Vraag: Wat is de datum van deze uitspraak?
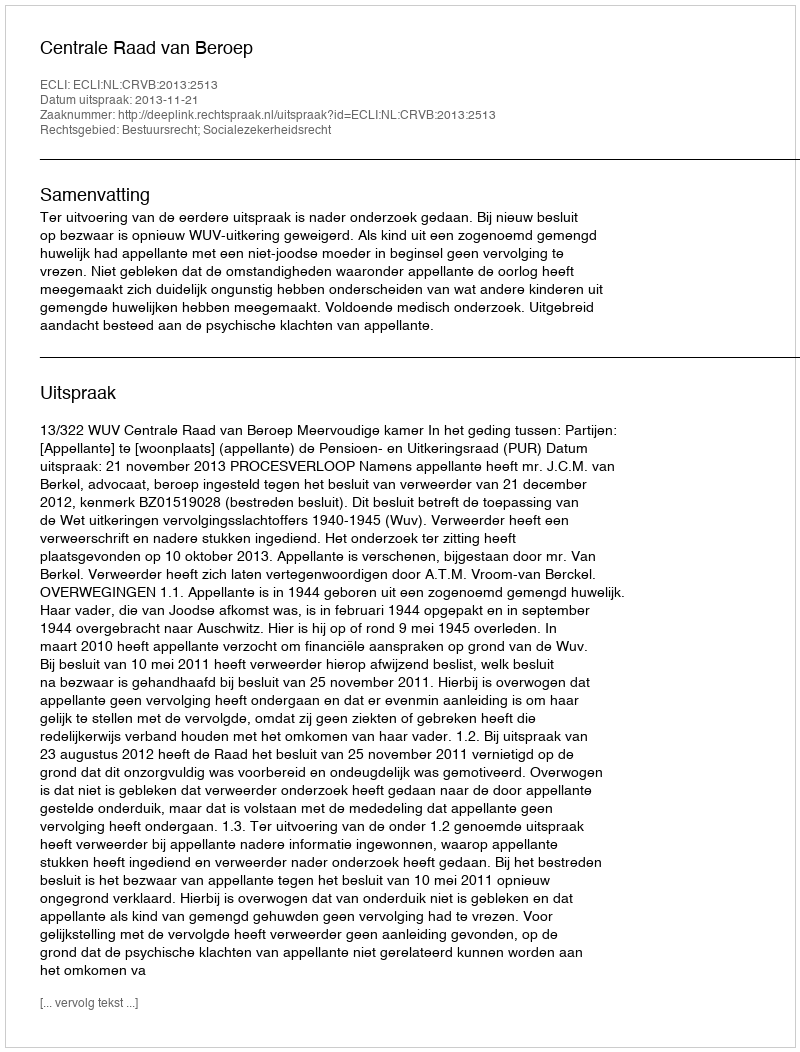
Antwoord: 2013-11-21